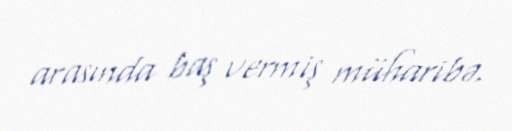
arasında baş vermiş müharibə.